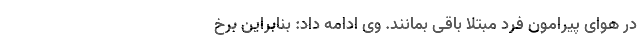
در هوای پیرامون فرد مبتلا باقی بمانند. وی ادامه داد: بنابراین برخ